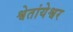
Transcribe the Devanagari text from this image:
श्वेतांयेश्वर